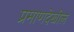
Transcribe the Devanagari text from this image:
प्रमाणदेखील